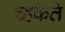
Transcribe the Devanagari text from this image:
च्हकते